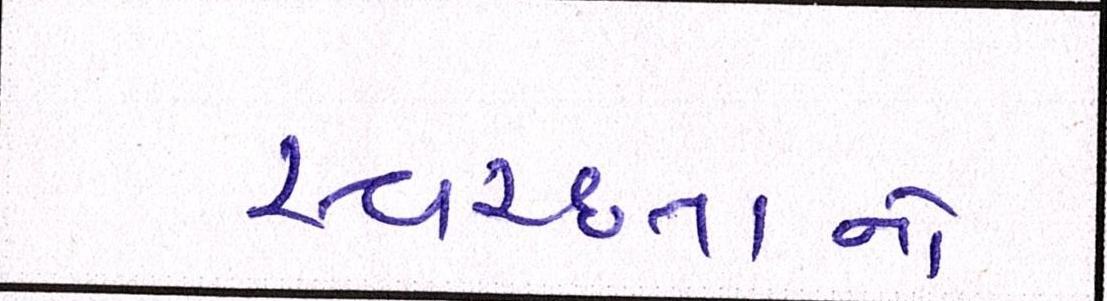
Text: સ્વચ્છતાનો